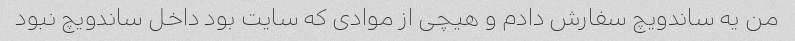
من یه ساندویچ سفارش دادم و هیچی از موادی که سایت بود داخل ساندویچ نبود